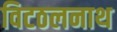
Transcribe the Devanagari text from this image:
विटठलनाथ